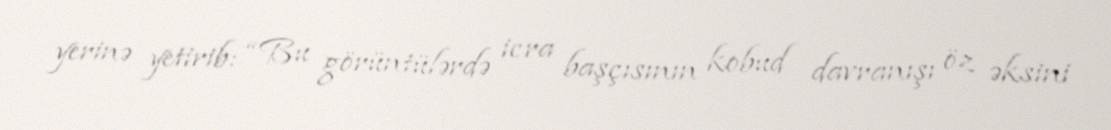
yerinə yetirib: “Bu görüntülərdə icra başçısının kobud davranışı öz əksini